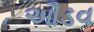
ઔડવ